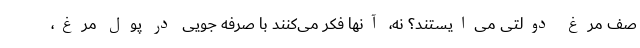
صف مرغ دولتی می‌ایستند؟ نه، آنها فکر می‌کنند با صرفه جویی در پول مرغ،